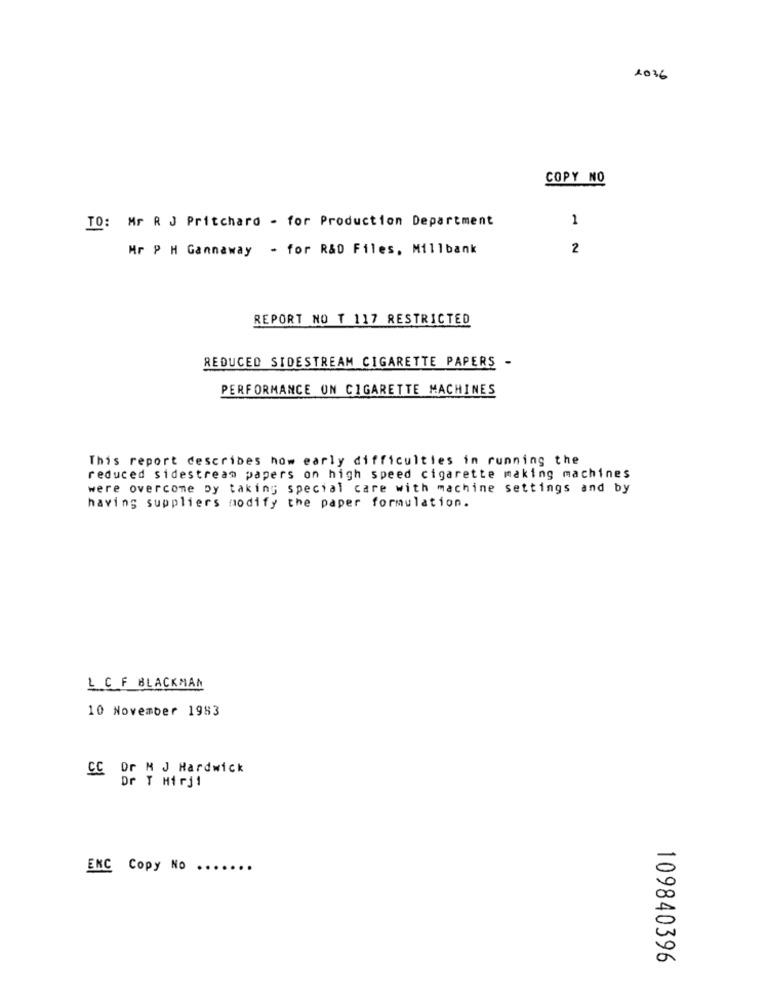
1036
COPY NO
1
TO: Mr R J Pritchard - for Production Department
Mr P H Gannaway - for R&D Files, Millbank
2
REPORT NO T 117 RESTRICTED
REDUCED SIDESTREAM CIGARETTE PAPERS -
PERFORMANCE ON CIGARETTE MACHINES
This report describes how early difficulties in running the
reduced sidestream papers on high speed cigarette making machines
were overcome Dy taking special care with machine settings and by
having suppliers modify the paper formulation.
L CF BLACKMAN
10 November 1983
CC Dr M J Hardwick
Dr T Hirji
ENC Copy No ..
109840396